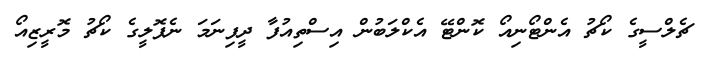
ޗެލްސީގެ ކޯޗު އެންޓޯނިއޯ ކޮންޓޭ އެކްލަބުން އިސްތިއުފާ ދީފިނަމަ ނެޕޮލީގެ ކޯޗު މޮރީޒިއޯ